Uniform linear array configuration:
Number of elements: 4
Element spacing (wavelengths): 0.5
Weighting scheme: hamming
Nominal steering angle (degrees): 0
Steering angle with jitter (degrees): -1.312
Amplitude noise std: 0.05
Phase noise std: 0.05

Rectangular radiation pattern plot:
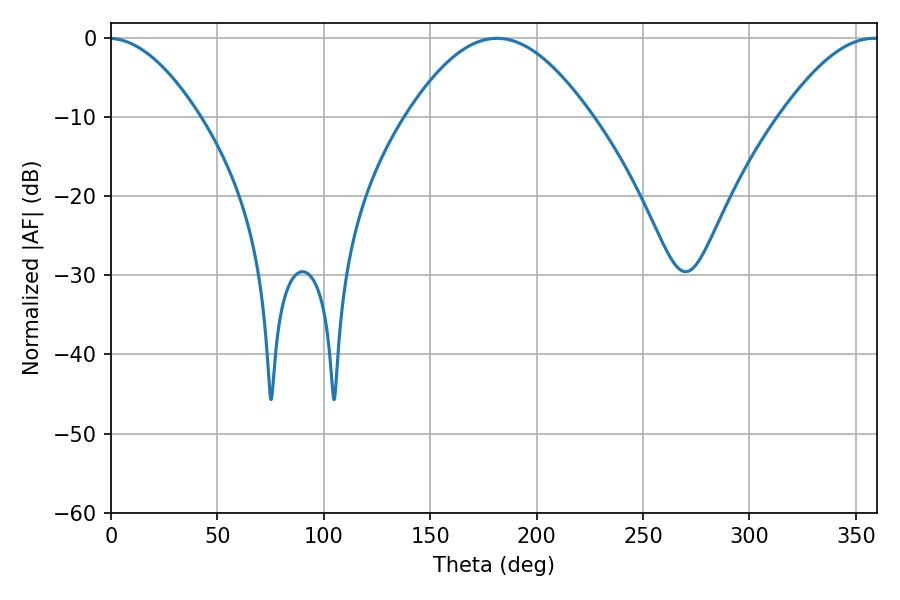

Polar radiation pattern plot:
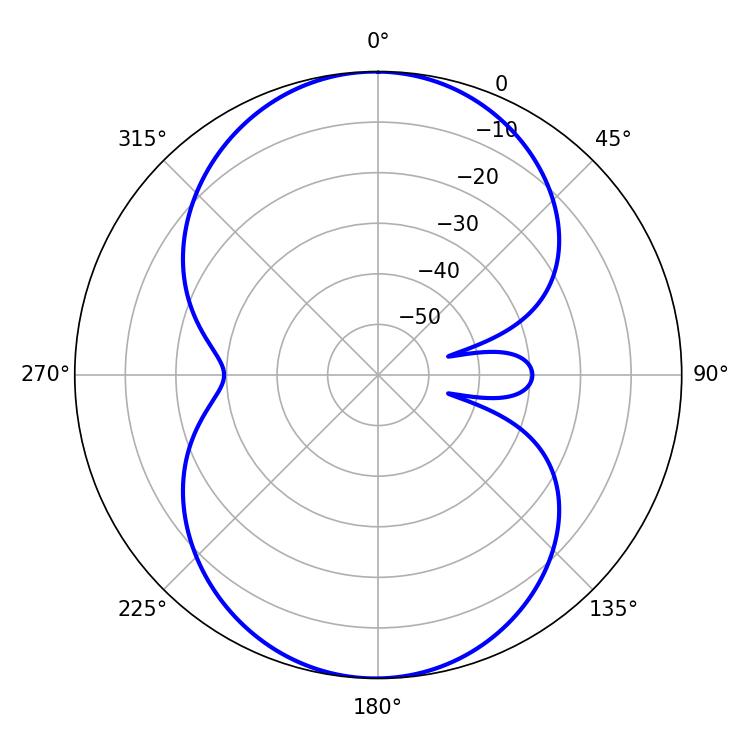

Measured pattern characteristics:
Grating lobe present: FALSE
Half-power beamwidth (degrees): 46.8
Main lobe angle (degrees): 181.44